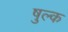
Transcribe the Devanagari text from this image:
षुल्क